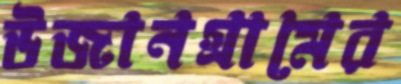
উজানগ্রামের